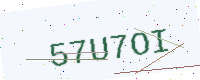
Text: 57U7OI